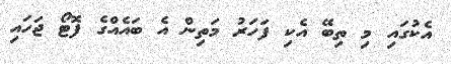
އެކުގައި މި ތިބޭ އެކި ފަހަރު މަތިން އެ ބައެއްގެ ފޮޓޯ ޖަހައި